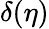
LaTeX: \delta(\eta)